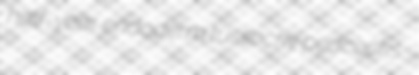
half-year endoderm tussocky peacocks